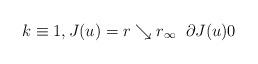
LaTeX: \begin{align*}k\equiv 1,J(u)=r\searrow r_{\infty}\;\;\partial J(u)\- 0\end{align*}